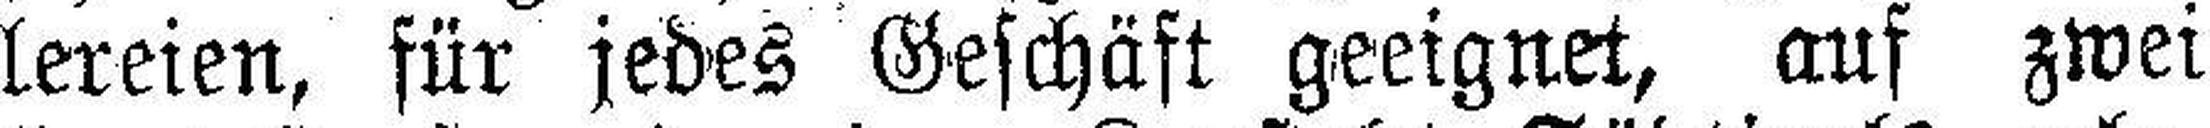
lereien, für jedes Geschäft geeignet, auf zwei